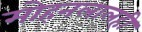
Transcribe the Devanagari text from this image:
मोहनलालही